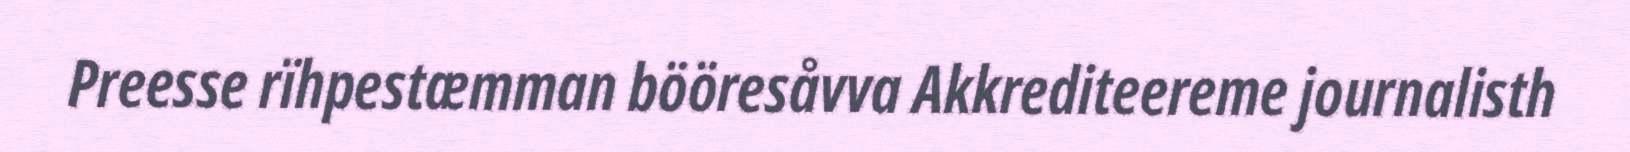
Preesse rïhpestæmman bööresåvva Akkrediteereme journalisth